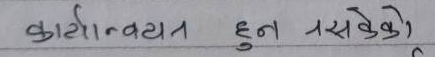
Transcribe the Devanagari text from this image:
कार्यान्वयन हुन नसकेको